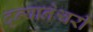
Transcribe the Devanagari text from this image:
द्न्यानेश्वरी